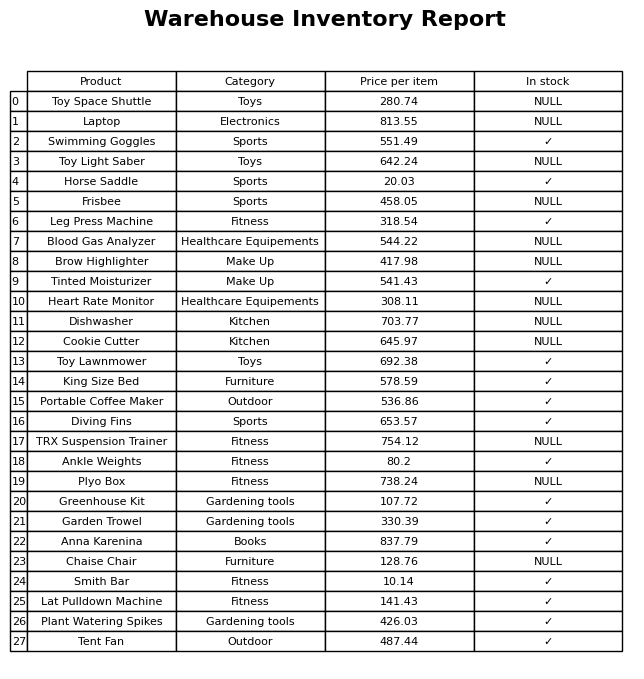
question: What category does the Smith Bar belong to?
answer: Fitness